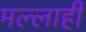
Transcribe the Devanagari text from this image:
मल्लाही